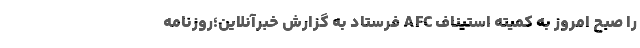
را صبح امروز به کمیته استیناف AFC فرستاد به گزارش خبرآنلاین؛روزنامه